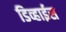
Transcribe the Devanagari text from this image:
डिव्हाईस